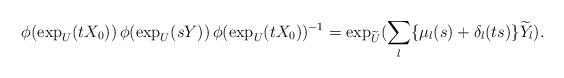
LaTeX: \begin{align*} \phi( \exp_U (t X_0)) \, \phi( \exp_U (s Y)) \, \phi( \exp_U (t X_0))^{-1}= \exp_{\widetilde{U}} ( \sum_l \{\mu_l (s) + \delta_l ( ts) \} \widetilde{Y}_l).\end{align*}